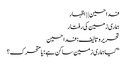
فدا حسین | | اظہار
ہماری زمین کی رفتار
تحریر و تالیف: فدا حسین
”کیا ہماری زمین ساکن ہے؛ یا متحرک؟